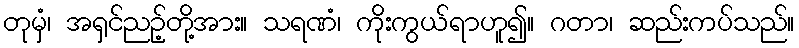
တုမှံ၊ အရှင်ညဉ့်တို့အား။ သရဏံ၊ ကိုးကွယ်ရာဟူ၍။ ဂတာ၊ ဆည်းကပ်သည်။